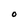
Character: O